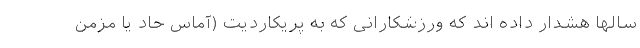
سالها هشدار داده اند که ورزشکارانی که به پریکاردیت (آماس حاد یا مزمن